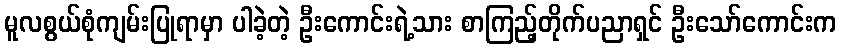
မူလစွယ်စုံကျမ်းပြုရာမှာ ပါခဲ့တဲ့ ဦးကောင်းရဲ့သား စာကြည့်တိုက်ပညာရှင် ဦးသော်ကောင်းက